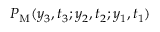
P _ { \mathrm { M } } ( y _ { 3 } , t _ { 3 } ; y _ { 2 } , t _ { 2 } ; y _ { 1 } , t _ { 1 } )